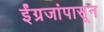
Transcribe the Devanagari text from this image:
ईंग्रजांपासून